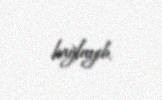
bağlayıb.